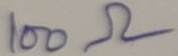
Text: 100Ω